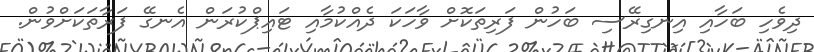
ދިވެހި ބަހާއި އިނގިރޭސި ބަހުން ފަރިތަކޮށް ވާހަކަ ދެއްކުމާއި ޓައިޕްކުރަން އެނގޭ ފަރާތަކަށްވުން.